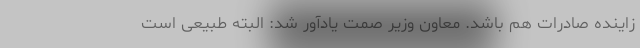
زاینده صادرات هم باشد. معاون وزیر صمت یادآور شد: البته طبیعی است